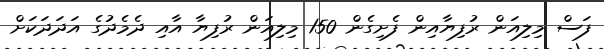
ފަސް މިލިއަން ރުފިޔާއިން ފެށިގެން 150 މިލިއަން ރުފިޔާ އާއި ދެމެދުގެ އަދަދަކަށް